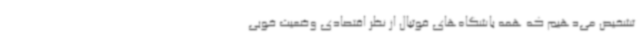
تشخیص می‌دهیم که همه باشگاه‌های فوتبال از نظر اقتصادی وضعیت خوبی